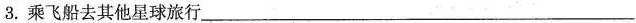
3.乘飞船去其他星球旅行___